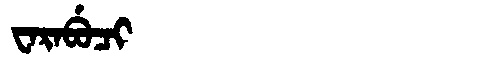
Manchu: ᠸᠠᡵᠠᠪᡠᠴᡳ
Romanization: WARABUCI